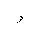
Letter: _waw